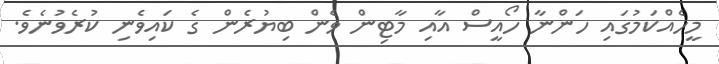
މީހެއްކަމުގައި ހަންނާ ހޯއީސް އާއި މާޓިން ވެން ބިޔުރެން ގެ ކައިވެނި ކުރެވުނެވެ.